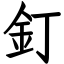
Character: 釘